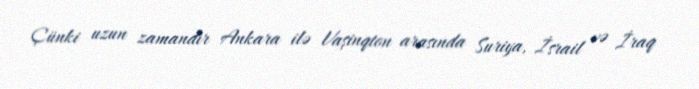
Çünki uzun zamandır Ankara ilə Vaşinqton arasında Suriya, İsrail və İraq